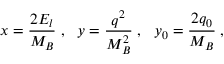
x = \frac { 2 E _ { l } } { M _ { B } } \; , \mathrm { \ \ } y = \frac { q ^ { 2 } } { M _ { B } ^ { 2 } } \; , \mathrm { \ \ } y _ { 0 } = \frac { 2 q _ { 0 } } { M _ { B } } \; ,